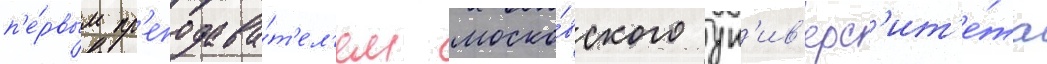
п'е́рвым пр'еподава́т'ел'ем моско́вского ун'ив'ерс'ит'е́та